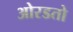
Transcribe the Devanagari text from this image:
ओरडतो